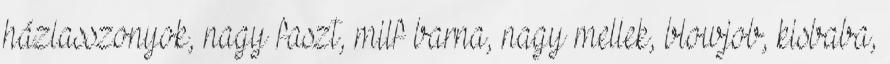
háziasszonyok, nagy faszt, milf barna, nagy mellek, blowjob, kisbaba,